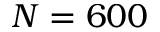
N = 6 0 0